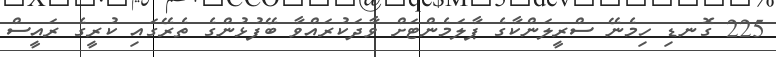
225 ގޮނޑި ހިމެނޭ ސްރީލަންކާގެ ޕާލަމެންޓަށް ވާދަކުރައްވާ ބޭފުޅުންގެ ތެރޭގައި ކުރީގެ ރައީސް